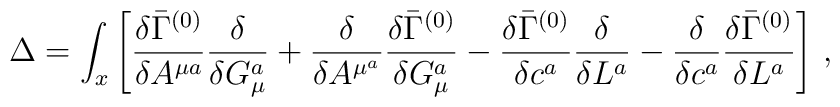
{\Delta }=\displaystyle\int_x\left[ \frac{{\delta }\bar{\Gamma}^{(0)}}{{\delta }A^{\mu a}}\frac{{\delta }}{{\delta }G_\mu ^a}+\frac{{\delta }}{{\delta }A^{\mu ^a}}\frac{{\delta }\bar{\Gamma}^{(0)}}{{\delta }G_\mu ^a}-\frac{{\delta }\bar{\Gamma}^{(0)}}{{\delta }c^a}\frac{{\delta }}{{\delta }L^a}-\frac{{\delta }}{{\delta }c^a}\frac{{\delta }\bar{\Gamma}^{(0)}}{{\delta }L^a}\right] \, ,